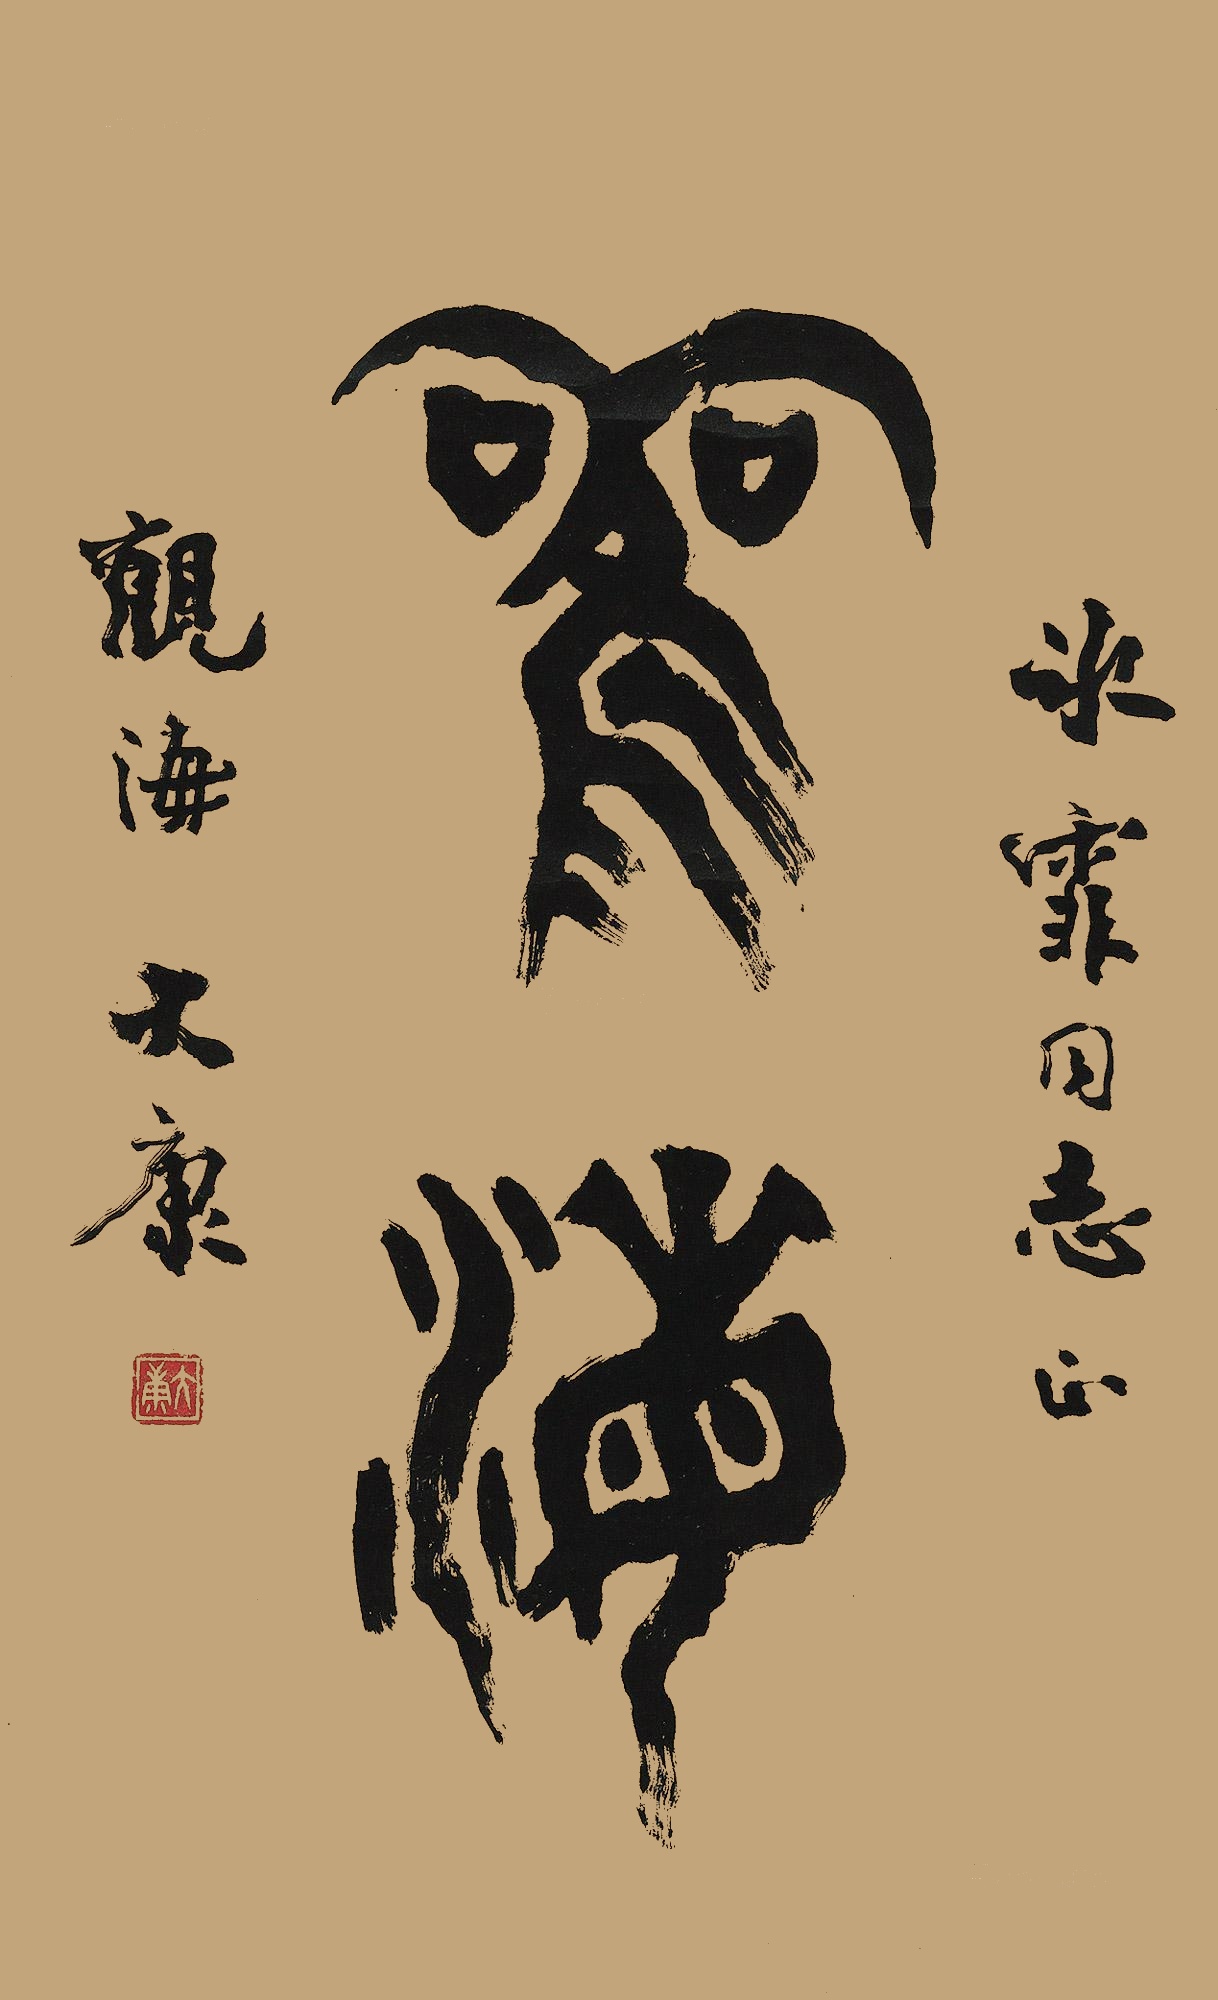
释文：冰霏同志正。观海。大康。